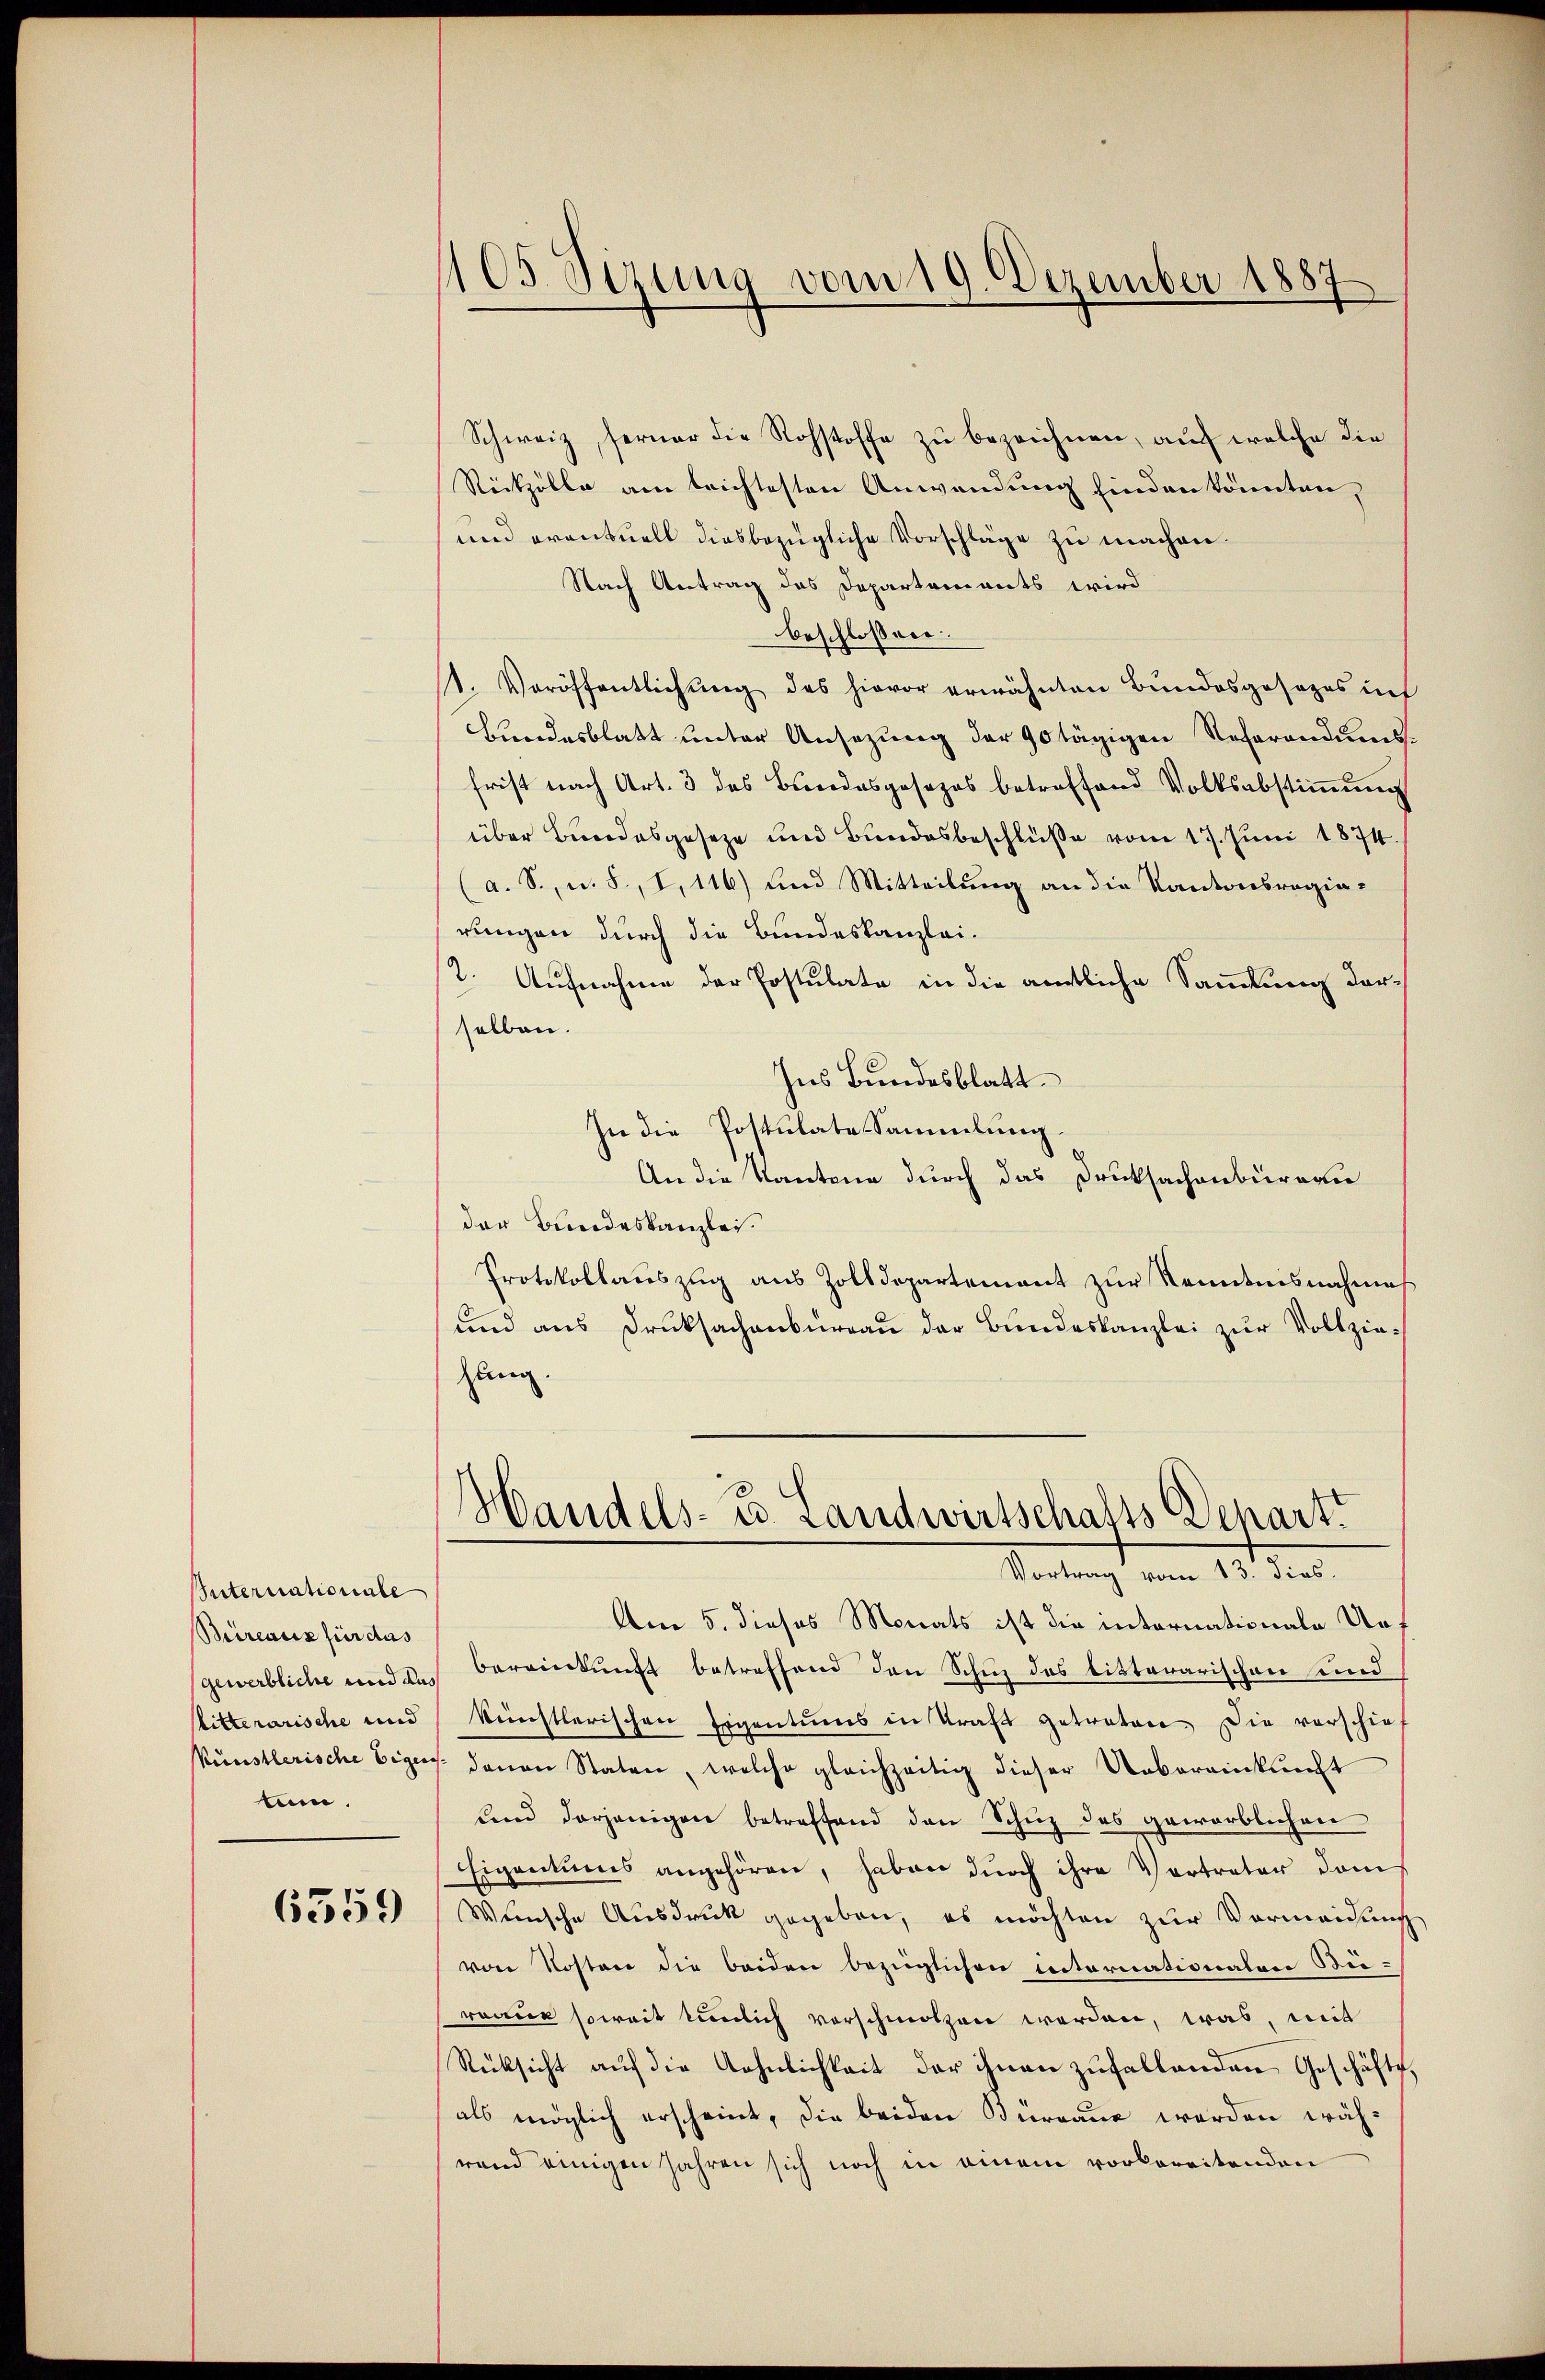
Suternationale
Büreaus für das
Sitterarische und
tum.

6559

1105. Sizung vom 19. Dezember 1887

Schweiz, ferner die Rohstoffe zu bezeichnen, auf welche die
Rückzölle am leichtesten Anwendung finden könnten,
und eventuell diesbezügliche Vorschläge zu machen.
Nach Antrag des Departements wird
beschlossen:
t. Veröffentlichŭng des hievor erwähnten Bundesgesezes in
Bundesblatt unter Ansezung der 90 tägigen Referandumsfrist nach Art. 3 des Bundesgesezes betreffend Volksabstimmung
über Bundesgeseze und Bundesbeschlüße vom 17. Juni 1874.
(a. S., u. S., I,116) und Mitteilung an die Kantonsregiarungen durch die Bundeskanzlei¬
2. Aufnahme der Postulate in die amtliche Sammlung darselben.
Ins Bundesblatt.
In die Postulate Sammlung
An die Kantone durch das Drucksachenbüreau
der Bundeskanzlei.
Protokollauszug aus Zolldepartement zur Kenntnisnahmes
und aus Drucksachenburgau der Bundeskanzlei zur Vollziezung.
10
Handels- u. Landwirtschafts Scharzt
Portung vom 15. dies
Am 5. dieses Monats ist die internationale Urf
gewerbliche und des Bereinkunft betreffend den Schuz des bisterarischen und
künstlerischen Eigentums in Kraft getreten die vorschie-
künstlerische Eigens denen Staten, welche gleichzeitig dieser Uebereinkunft
und derjenigen betreffend den Schuz des geworblichen
Eigentums angehören, haben dŭrch ihre Vertreter dam
Wünsche Ausdruck gegeben, es möchten zur Vermeidung
von Kosten die beiden bezüglichen internationalen Bei-
roane soweit tunlich vorschmolzen werden, was, mit
Rücksicht auf die Aehnlichkeit der ihnen zufallenden Geschäfte
als möglich erscheint, die beiden Büreaus werden während einigen Jahren sich noch in einem vorbereitenden